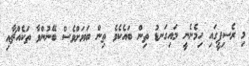
މި ރެސިޕީގައި ހިމެނެނީ މައިގަނޑު ތިން ބައެކެވެ ތިން ބަޔަށްވެސް ބޭނުންވާ ތަކެއްޗާއި